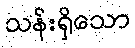
သန်းရှိသော